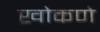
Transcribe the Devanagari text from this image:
खोकणे